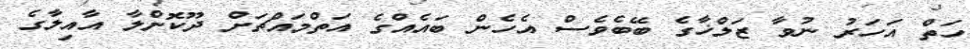
ހަތް އަހަރު ނުވާ ޒަލްޚާގެ ބޭބެވެސް އެހެން ބައެއްގެ އަތްމައްޗަށް ދޫކޮށްލާ އާއިލާގެ